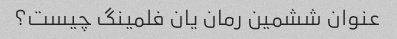
عنوان ششمین رمان یان فلمینگ چیست؟